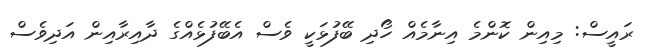
ރައީސް: މިއިން ކޮންމެ އިނާމެއް ހޯދި ބޭފުޅަކީ ވެސް އެބޭފުޅެއްގެ ދާއިރާއިން އަދިވެސް